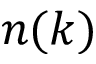
n ( k )